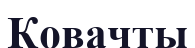
Ковачты